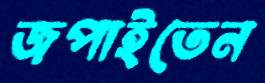
জপাইতেন